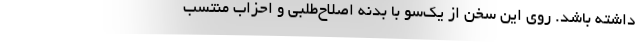
داشته باشد. روی این سخن از یک‌سو با بدنه اصلاح‌طلبی و احزاب منتسب